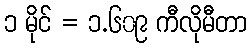
၁ မိုင် = ၁.၆၀၉ ကီလိုမီတာ